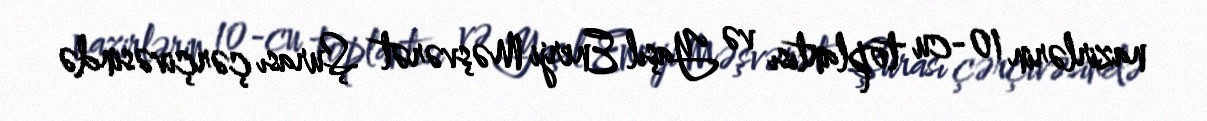
nazirlərin 10-cu toplantısı və Yaşıl Enerji Məşvərət Şurası çərçivəsində